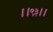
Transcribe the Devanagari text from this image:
।।९३।।